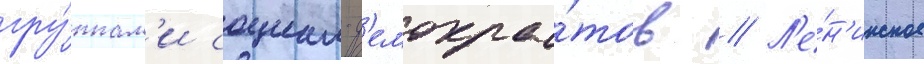
гру́ппам'и социал-д'емокра́тов // Л'е́н'инское